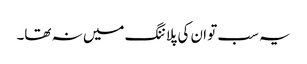
یہ سب تو ان کی پلاننگ میں نہ تھا۔